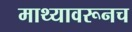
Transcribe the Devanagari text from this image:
माथ्यावरूनच